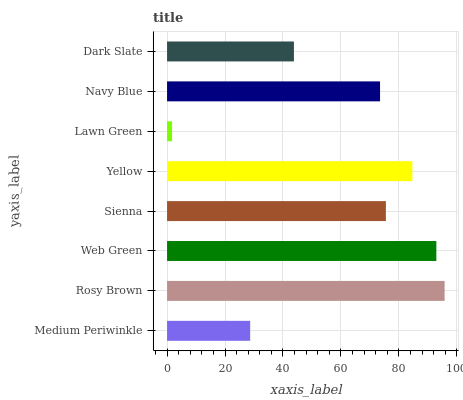
| yaxis_label | bars |
 | --- | --- |
 | Medium Periwinkle | 28.7 |
 | Rosy Brown | 95.8 |
 | Web Green | 92.9 |
 | Sienna | 75.5 |
 | Yellow | 84.6 |
 | Lawn Green | 1.74 |
 | Navy Blue | 73.5 |
 | Dark Slate | 43.8 |